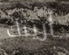
أريتك